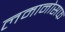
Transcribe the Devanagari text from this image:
लमानोसफ